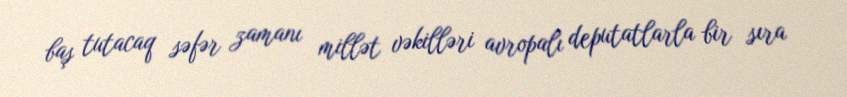
baş tutacaq səfər zamanı millət vəkilləri avropalı deputatlarla bir sıra